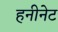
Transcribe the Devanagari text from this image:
हनीनेट